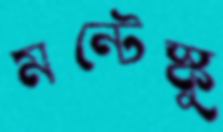
মন্টেস্কু